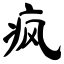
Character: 疯